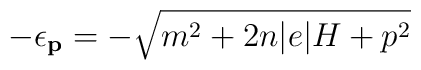
-\epsilon _{{\bf {p}}}=-\sqrt{m^{2}+2n|e|H+p^{2}}